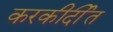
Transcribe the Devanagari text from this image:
करकीर्दीत